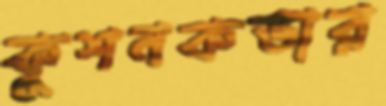
কুশনকভার